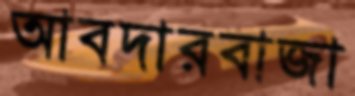
আবদারবাজা